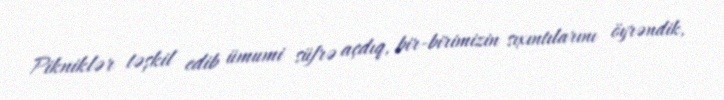
Pikniklər təşkil edib ümumi süfrə açdıq, bir-birimizin sıxıntılarını öyrəndik,